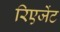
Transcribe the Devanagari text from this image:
रिएजेंट